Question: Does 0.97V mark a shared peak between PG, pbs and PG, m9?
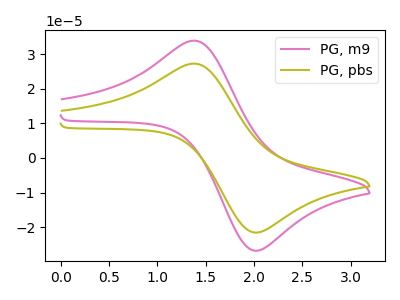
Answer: <think>The pink curve "PG, m9" has an anodic peak at (1.35V, 33.95uA) and a cathodic peak at (2.05V, -26.70uA). The olive curve "PG, pbs" has an anodic peak at (1.35V, 27.30uA) and a cathodic peak at (2.05V, -21.45uA).</think>
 <answer>No, "PG, pbs" and "PG, m9" dont share a peak at 0.97V.</answer>
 <eval>mismatch</eval>